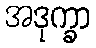
အဒုက္ခာ